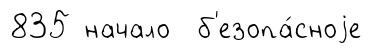
835 начало б'езопа́сноjе